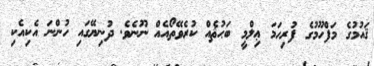
ޤައުމުގެ މަފްހޫމުގެ ފުރިހަމަ ޢިލްމީ ބަޙުޘެއް ކުރެވޭތޯއެއް ނޫނެވެ. ދުނިޔޭގައި ހުންނަ އެކިއެކި